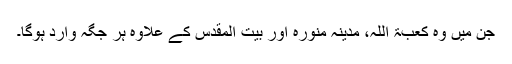
جن میں وہ کعبۃ اللہ، مدینہ منورہ اور بیت المقدس کے علاوہ ہر جگہ وارد ہوگا۔